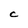
Character: c